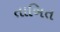
તાબિત